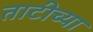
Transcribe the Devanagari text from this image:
ताटीच्या